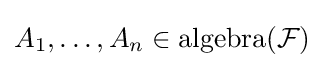
A_{1},\ldots ,A_{n}\in \operatorname {algebra} ({\mathcal {F}})